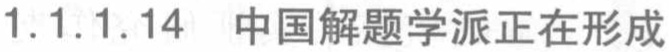
1.1.1.14 中国解题学派正在形成